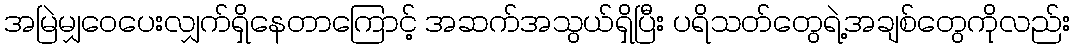
အမြဲမျှဝေပေးလျှက်ရှိနေတာကြောင့် အဆက်အသွယ်ရှိပြီး ပရိသတ်တွေရဲ့အချစ်တွေကိုလည်း